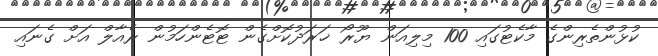
ކުޅުންތެރިންގެ މާކެޓުގައި 100 މިލިއަން ޔޫރޯ ޚަރަދުކޮށްގެން ޓޮޓެންހަމުން ރެއާލް އަށް ގެނައި